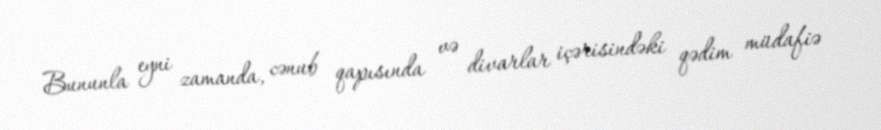
Bununla eyni zamanda, cənub qapısında və divarlar içərisindəki qədim müdafiə